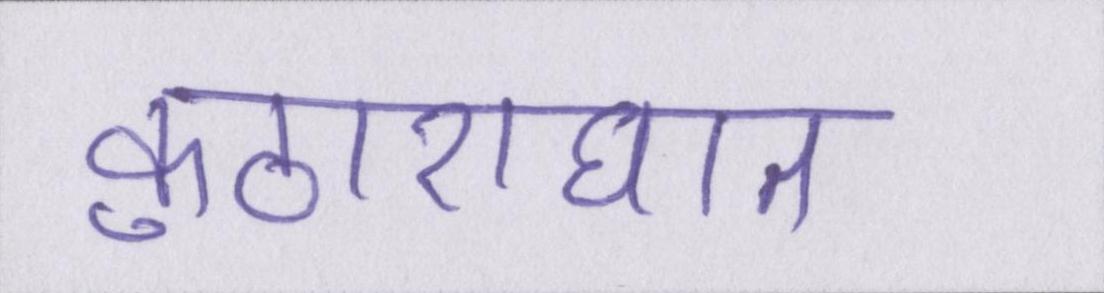
कुठाराघात